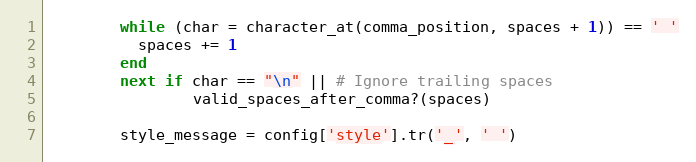
Language: Ruby
        while (char = character_at(comma_position, spaces + 1)) == ' '
          spaces += 1
        end
        next if char == "\n" || # Ignore trailing spaces
                valid_spaces_after_comma?(spaces)

        style_message = config['style'].tr('_', ' ')